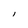
Character: l